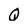
Character: Q